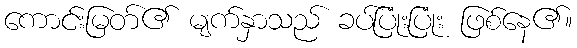
ကောင်းမြတ်၏ မျက်နှာသည် ခပ်ပြုံးပြုံး ဖြစ်နေ၏။